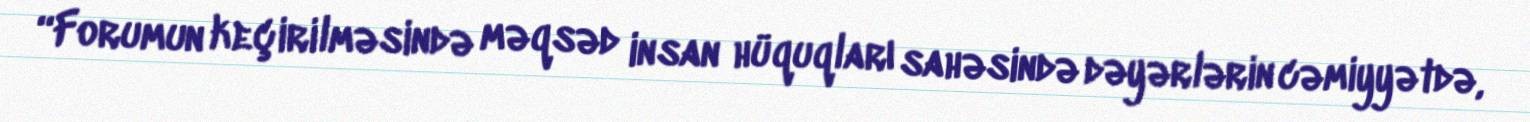
“Forumun keçirilməsində məqsəd insan hüquqları sahəsində dəyərlərin cəmiyyətdə,